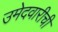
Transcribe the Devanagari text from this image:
उमेदवारीची